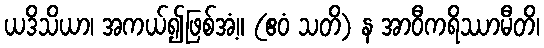
ယဒိသိယာ၊ အကယ်၍ဖြစ်အံ့။ (ဧဝံ သတိ) န အာဝီကရိဿာမီတိ၊